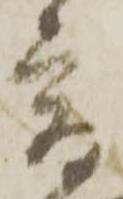
宿